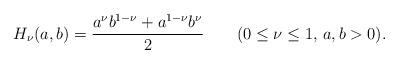
LaTeX: \begin{align*}H_\nu(a,b)={a^\nu b^{1-\nu}+a^{1-\nu}b^\nu\over 2}\qquad(0\leq \nu \leq1,\, a,b >0). \end{align*}